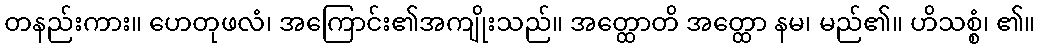
တနည်းကား။ ဟေတုဖလံ၊ အကြောင်း၏အကျိုးသည်။ အတ္ထောတိ အတ္ထော နမ၊ မည်၏။ ဟိသစ္စံ၊ ၏။